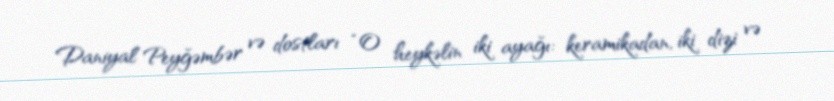
Daniyal Peyğəmbər və dostları “O heykəlin iki ayağı: keramikadan, iki dizi və